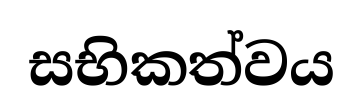
සභිකත්වය